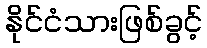
နိုင်ငံသားဖြစ်ခွင့်